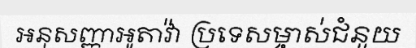
អនុសញ្ញាអូតាវ៉ា ប្រទេសម្ចាស់ជំនួយ